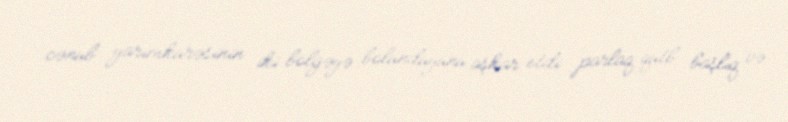
cənub yarımkürəsinin iki bölgəyə bölündüyünü aşkar etdi: parlaq qütb başlıq və